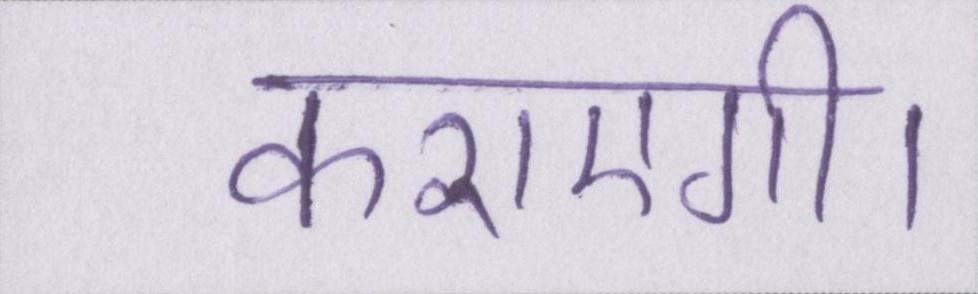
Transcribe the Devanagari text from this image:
कराएगी।